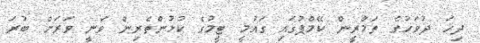
ދިހަ ދުވަހުގެ ތަމްްރީން ކޭމްޕުގައި ގައުމީ ޓީމުގެ ކުޅުންތެރިން ވަނީ ވަރަށް ބުރަ